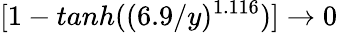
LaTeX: [1-tanh((6.9/y)^{1.116})]\rightarrow 0